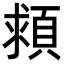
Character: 𩒮